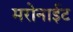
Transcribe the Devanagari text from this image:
मरोनाईट